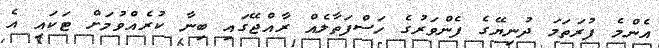
އެންމެ ފުރަތަމަ ދުނިޔޭގެ ފެންވަރުގެ ހަސްފަތާލެއް ރާއްޖޭގައި ބިނާ ކުރެއްވުމަށް ޓަކައި އެ